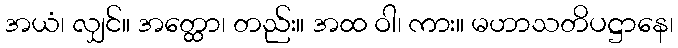
အယံ၊ လျှင်။ အတ္ထော၊ တည်း။ အထ ဝါ၊ ကား။ မဟာသတိပဋ္ဌာနေ၊